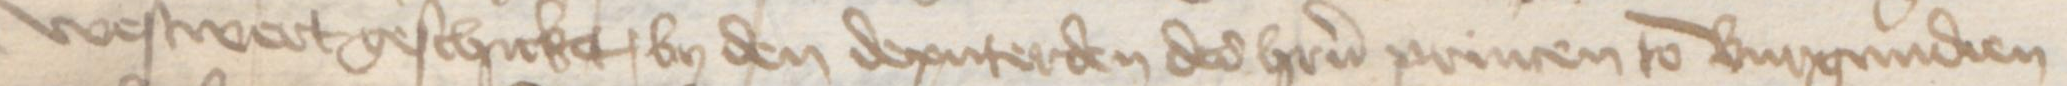
Transcription: westwert geschicket, by den deputerden des heren princen to Burgundien